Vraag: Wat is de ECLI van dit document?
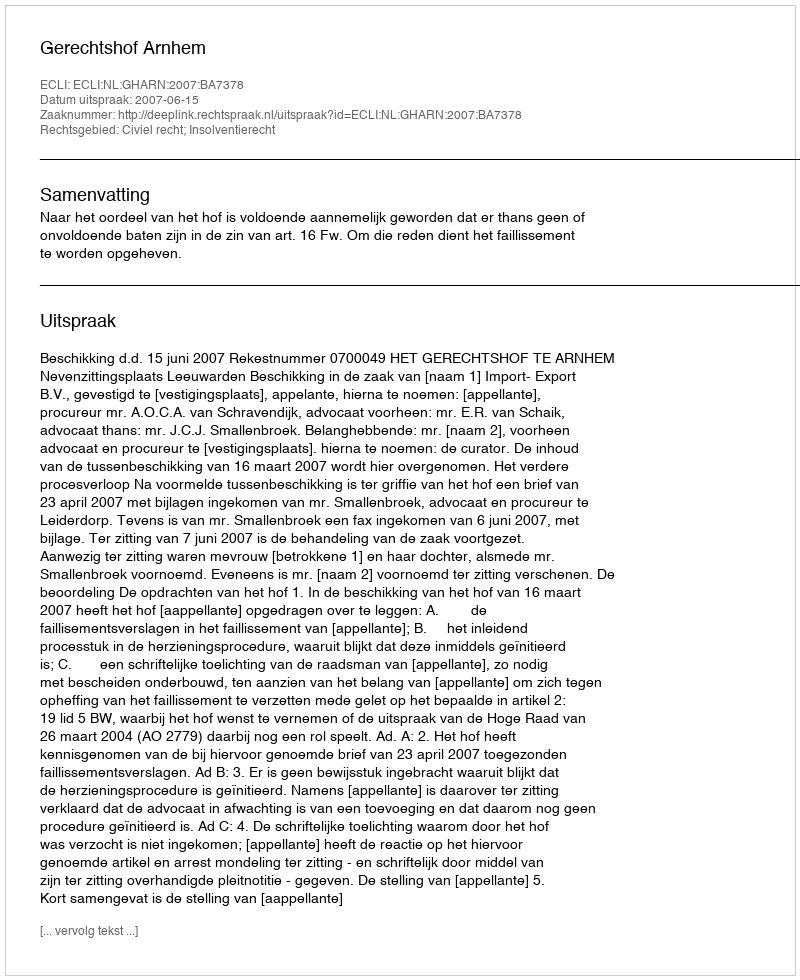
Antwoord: ECLI:NL:GHARN:2007:BA7378